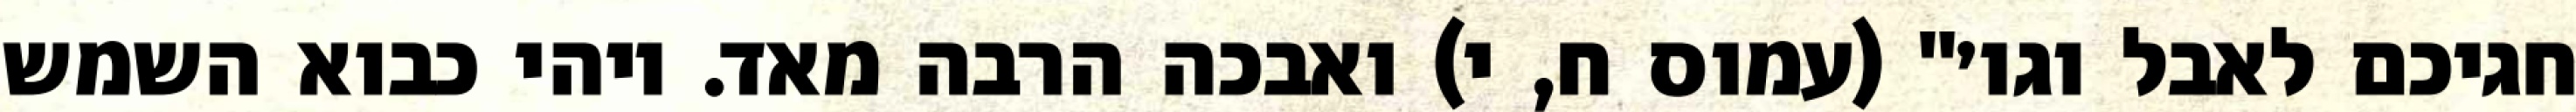
חגיכם לאבל וגו׳" (עמוס ח, י) ואבכה הרבה מאד. ויהי כבוא השמש